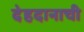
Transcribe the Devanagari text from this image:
देहदानाची